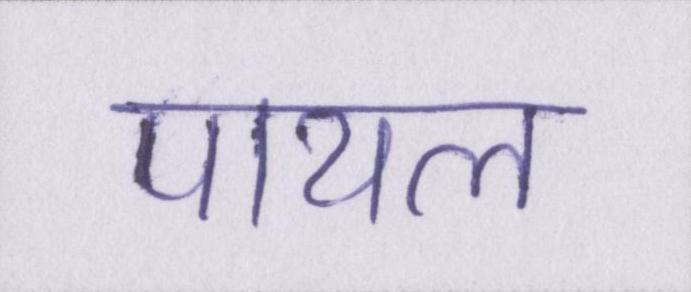
पायल